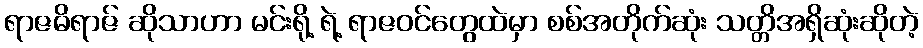
ရာဇဓိရာဇ် ဆိုသာဟာ မင်းရို့ ရဲ့ ရာဇဝင်တွေထဲမှာ စစ်အတိုက်ဆုံး သတ္တိအရှိဆုံးဆိုတဲ့